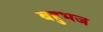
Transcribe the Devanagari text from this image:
बहुभज